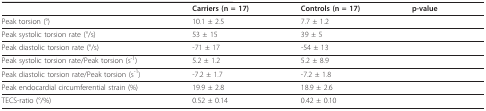
<table><thead><tr><td>[EMPTY_CELL]</td><td><b>Carriers (n = 17)</b></td><td><b>Controls (n = 17)</b></td><td><b>p-value</b></td></tr></thead><tbody><tr><td>Peak torsion (°)</td><td>10.1 ± 2.5</td><td>7.7 ± 1.2</td><td>[EMPTY_CELL]</td></tr><tr><td>Peak systolic torsion rate (°/s)</td><td>53 ± 15</td><td>39 ± 5</td><td>[EMPTY_CELL]</td></tr><tr><td>Peak diastolic torsion rate (°/s)</td><td>-71 ± 17</td><td>-54 ± 13</td><td>[EMPTY_CELL]</td></tr><tr><td>Peak systolic torsion rate/Peak torsion (s<sup>-1</sup>)</td><td>5.2 ± 1.2</td><td>5.2 ± 8.9</td><td>[EMPTY_CELL]</td></tr><tr><td>Peak diastolic torsion rate/Peak torsion (s<sup>-1</sup>)</td><td>-7.2 ± 1.7</td><td>-7.2 ± 1.8</td><td>[EMPTY_CELL]</td></tr><tr><td>Peak endocardial circumferential strain (%)</td><td>19.9 ± 2.8</td><td>18.9 ± 2.6</td><td>[EMPTY_CELL]</td></tr><tr><td>TECS-ratio (°/%)</td><td>0.52 ± 0.14</td><td>0.42 ± 0.10</td><td>[EMPTY_CELL]</td></tr></tbody></table>